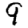
Digit: 9